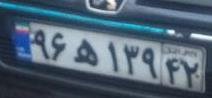
۹۶ه۱۳۹۴۲